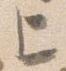
上